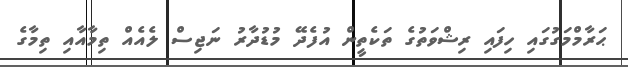
ޙަރާމްމަގުގައި ހިފައި ރިޝްވަތުގެ ތަކެތީން އުފެދޭ މުޑުދާރު ނަޖިސް ލެއެއް ތިމާއާއި ތިމާގެ